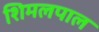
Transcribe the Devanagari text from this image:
शिमलपाल